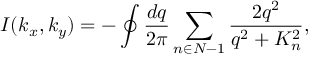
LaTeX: I ( k _ { x } , k _ { y } ) = - \oint \frac { d q } { 2 \pi } \sum _ { n \in N - 1 } \frac { 2 q ^ { 2 } } { q ^ { 2 } + K _ { n } ^ { 2 } } ,